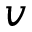
v